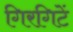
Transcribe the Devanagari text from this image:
गिरगिटें